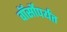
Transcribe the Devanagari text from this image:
वॉर्सोपर्यंत